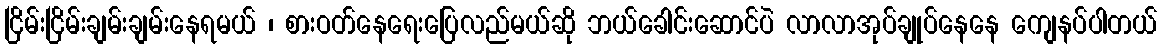
ငြိမ်းငြိမ်းချမ်းချမ်းနေရမယ် ၊ စားဝတ်နေရေးပြေလည်မယ်ဆို ဘယ်ခေါင်းဆောင်ပဲ လာလာအုပ်ချုပ်နေနေ ကျေနပ်ပါတယ်